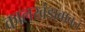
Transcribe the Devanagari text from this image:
कालखंडाबाबत